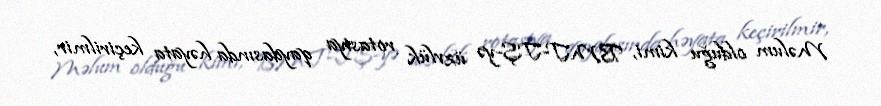
Məlum olduğu kimi, BMT-TŞ-yə üzvlük rotasiya qaydasında həyata keçirilmir,